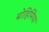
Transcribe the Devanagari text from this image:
बोहिमिया